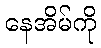
နေအိမ်ကို